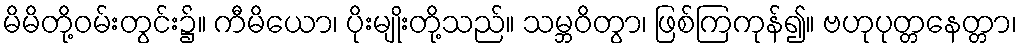
မိမိတို့ဝမ်းတွင်း၌။ ကီမိယော၊ ပိုးမျိုးတို့သည်။ သမ္ဘဝိတွာ၊ ဖြစ်ကြကုန်၍။ ဗဟုပုတ္တနေတ္တာ၊